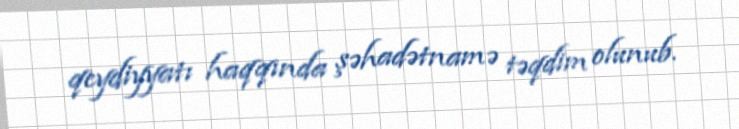
qeydiyyatı haqqında şəhadətnamə təqdim olunub.